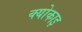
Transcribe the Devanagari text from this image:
क्योकाइ